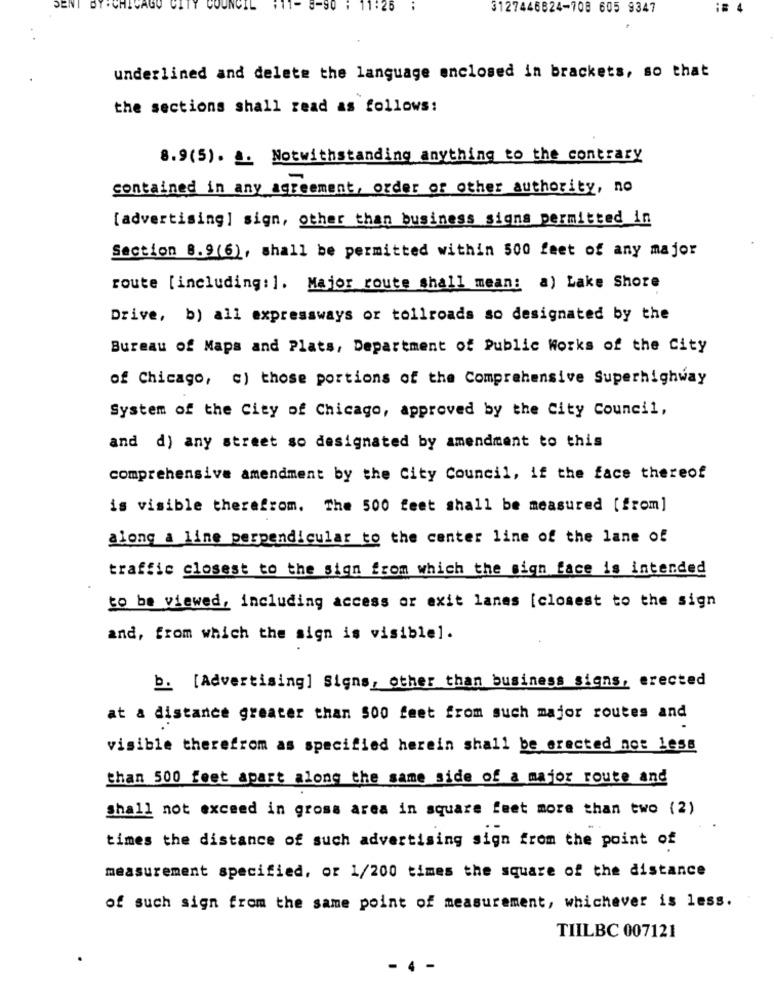
DY . CHICAGO
CITY COUNCIL
11-
-90 ; 11:26
3127446824-708 605 9347
:# 4
underlined and delete the language enclosed in brackets, so that
the sections shall read as follows:
8.9 (5). .. Notwithstanding anything to the contrary
contained in any agreement, order or other authority, no
[advertising] sign, other than business signs permitted in
Section 8.9(6), shall be permitted within 500 feet of any major
route [including: ]. Major route shall mean: a) Lake Shore
Drive, b) all expressways or tollroads so designated by the
Bureau of Maps and Plats, Department of Public Works of the City
of Chicago, c) those portions of the Comprehensive Superhighway
System of the City of Chicago, approved by the City Council,
and d) any street so designated by amendment to this
comprehensive amendment by the City Council, if the face thereof
is visible therefrom. The 500 feet shall be measured [from]
along a line perpendicular to the center line of the lane of
traffic closest to the sign from which the sign face is intended
to be viewed, including access or exit lanes [closest to the sign
and, from which the sign is visible].
b. [Advertising] Signs, other than business signs, erected
at a distance greater than 500 feet from such major routes and
visible therefrom as specified herein shall be erected not Less
than 500 feet apart along the same side of a major route and
shall not exceed in gross area in square feet more than two (2)
times the distance of such advertising sign from the point of
measurement specified, or 1/200 times the square of the distance
of such sign from the same point of measurement, whichever is less.
TIILBC 007121
- 4 -